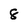
Character: 8